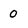
Character: 0